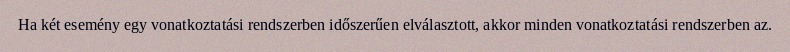
Ha két esemény egy vonatkoztatási rendszerben időszerűen elválasztott, akkor minden vonatkoztatási rendszerben az.